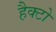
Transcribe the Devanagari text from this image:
हैक्टो